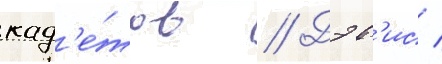
кад'е́тов // Дэв'ис /